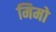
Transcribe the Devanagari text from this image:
मिमो